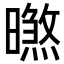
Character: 㬠